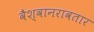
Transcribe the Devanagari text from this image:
वैश्वानरावतार